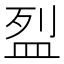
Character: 𥁟